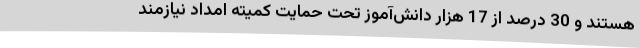
هستند و 30 درصد از 17 هزار دانش‌آموز تحت حمایت کمیته امداد نیازمند